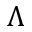
\Lambda